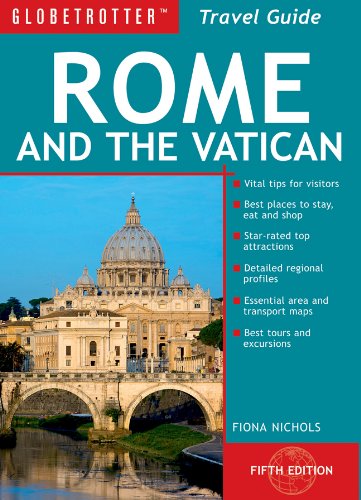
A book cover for Rome and the Vatican Travel Pack, 5th (Globetrotter Travel Packs); Fiona Nichols; Travel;